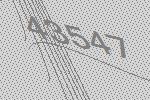
43547